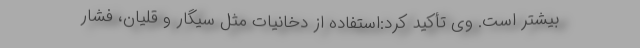
بیشتر است. وی تأکید کرد:استفاده از دخانیات مثل سیگار و قلیان، فشار